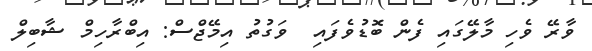
ވާރޭ ވެހި މާލޭގައި ފެން ބޮޑުވެފައި  ވަގުތު އިމޭޖްސް: އިބްރާހިމް ޝާބިލް